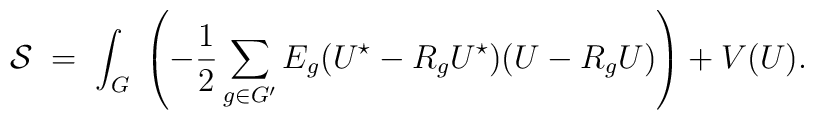
{\cal S} \; = \; \int_G \; \left( - \frac{1}{2}\sum_{g \in G'} E_g (U^\star - R_g U^\star) ( U - R_g U) \right) + V(U).